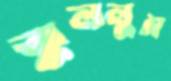
ঝুললুম